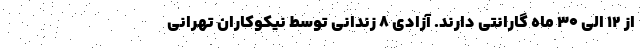
از ۱۲ الی ۳۰ ماه گارانتی دارند. آزادی ۸ زندانی توسط نیکوکاران تهرانی